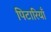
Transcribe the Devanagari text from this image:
पिटारियाँ